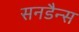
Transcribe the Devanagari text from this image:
सनडैन्स